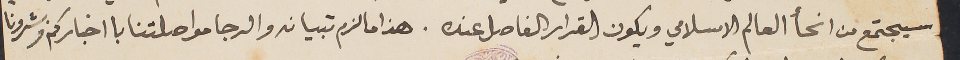
سيجتمع من انحأ العالم الاسلامي ويكون القرار الفاصل عنده. هذا ما لزم تبيانه والرجا مواصلتنا بااخباركم وبشرونا